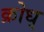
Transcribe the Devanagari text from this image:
क्रोध्